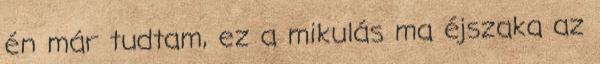
én már tudtam, ez a mikulás ma éjszaka az